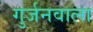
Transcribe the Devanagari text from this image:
गुर्जनवाला